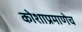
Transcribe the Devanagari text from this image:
कोशाप्रमाणेच